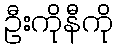
ဦးကိုနီကို